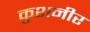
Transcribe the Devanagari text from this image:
कुशनीर